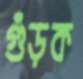
গুঁড়ক